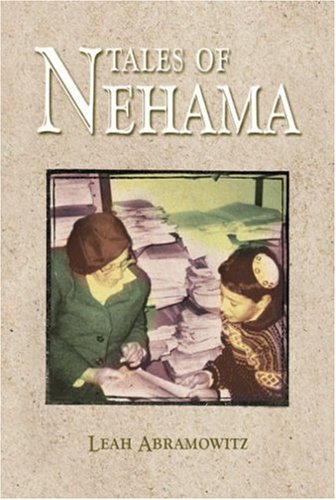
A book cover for Tales of Nehama: Impressions of the Life and Teaching of Nehama Leibowitz; Leah Abramowitz; Religion & Spirituality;